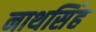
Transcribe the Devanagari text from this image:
नाथसिंह